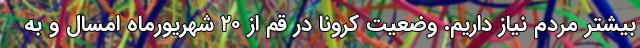
بیشتر مردم نیاز داریم. وضعیت کرونا در قم از ۲۰ شهریورماه امسال و به